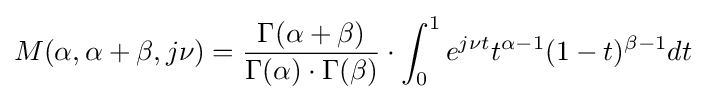
M(\alpha ,\alpha +\beta ,j\nu )={\frac {\Gamma (\alpha +\beta )}{\Gamma (\alpha )\cdot \Gamma (\beta )}}\cdot \int _{0}^{1}e^{j\nu t}t^{\alpha -1}(1-t)^{\beta -1}dt